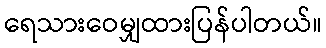
ရေသားဝေမျှထားပြန်ပါတယ်။